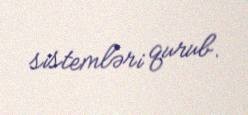
sistemləri qurub.